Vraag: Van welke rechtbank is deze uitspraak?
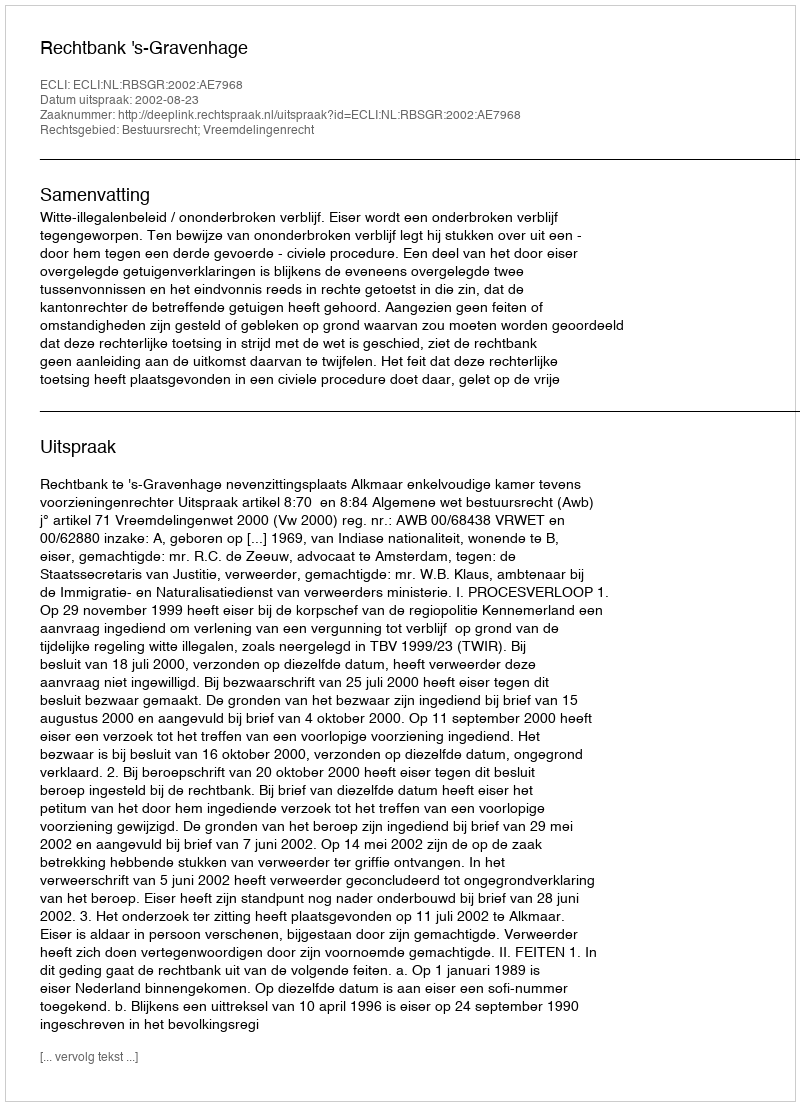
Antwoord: Rechtbank 's-Gravenhage